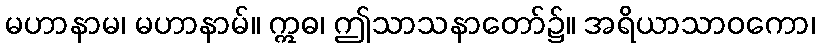
မဟာနာမ၊ မဟာနာမ်။ ဣဓ၊ ဤသာသနာတော်၌။ အရိယာသာဝကော၊